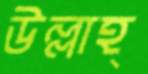
উল্লাহ্